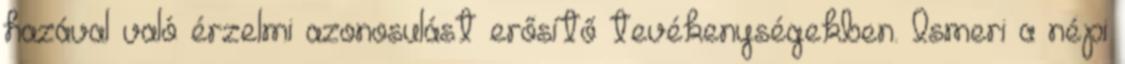
hazával való érzelmi azonosulást erősítő tevékenységekben. Ismeri a népi